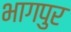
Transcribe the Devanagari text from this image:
भागपुर